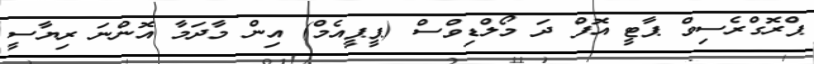
ޕްރޮގްރެސިވް ޕާޓީ އޮފް ދަ މޯލްޑިވްސް (ޕީޕީއެމް) އިން މާދަމާ އޮންނަ ރިޔާސީ